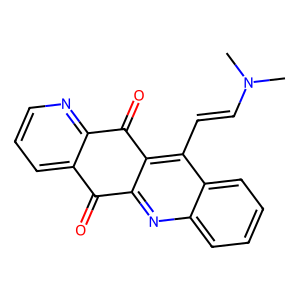
SMILES: CN(C)C=Cc1c2c(nc3ccccc13)C(=O)c1cccnc1C2=O
Inhibits HIV replication: No